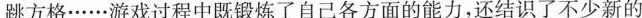
跳方格……游戏过程中既锻炼了自己各方面的能力，还结识了不少新的